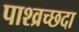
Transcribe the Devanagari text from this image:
पाश्व्रच्छदा